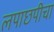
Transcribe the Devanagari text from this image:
लपाछपीचा